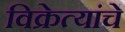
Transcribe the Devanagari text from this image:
विक्रेत्यांचे